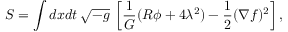
S = \int d x d t \: \sqrt { - { g } } \: \left[ \frac { 1 } { G } ( R \phi + 4 \lambda ^ { 2 } ) - \frac { 1 } { 2 } ( \nabla f ) ^ { 2 } \right] ,